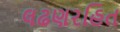
લઢણરહિત